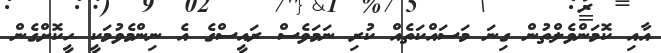
އާއި ކޮމަންވެލްތުން ގިނަ މަސައްކަތެއް ކުރި ނަމަވެސް ރައީސްގެ އެ ނިންމެވުމަކީ ހީކޮށްގެން